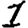
Digit: 1